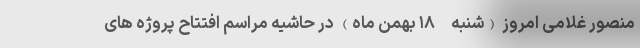
منصور غلامی امروز (شنبه-۱۸ بهمن ماه) در حاشیه مراسم افتتاح پروژه های